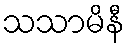
သသာမိနီ